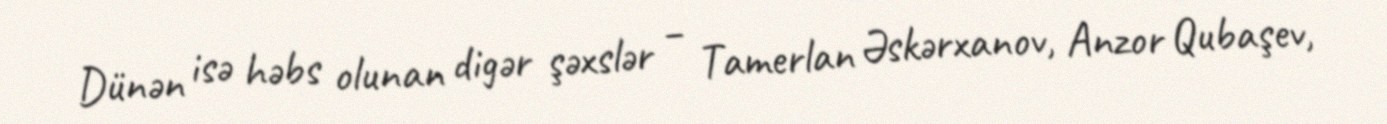
Dünən isə həbs olunan digər şəxslər – Tamerlan Əskərxanov, Anzor Qubaşev,